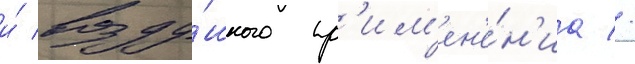
и́ возду́шного пр'им'ен'е́н'иа //